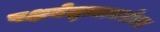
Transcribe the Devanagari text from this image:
पक्षनेतृत्वाबरोबर